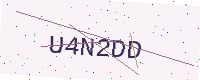
Text: U4N2DD